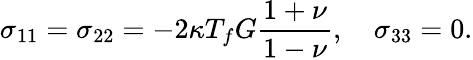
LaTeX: \sigma_{11}=\sigma_{22}=-2\kappa T_{f}G\frac{1+\nu}{1-\nu},\quad\sigma_{33}=0.